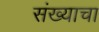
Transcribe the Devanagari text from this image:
संख्याचा